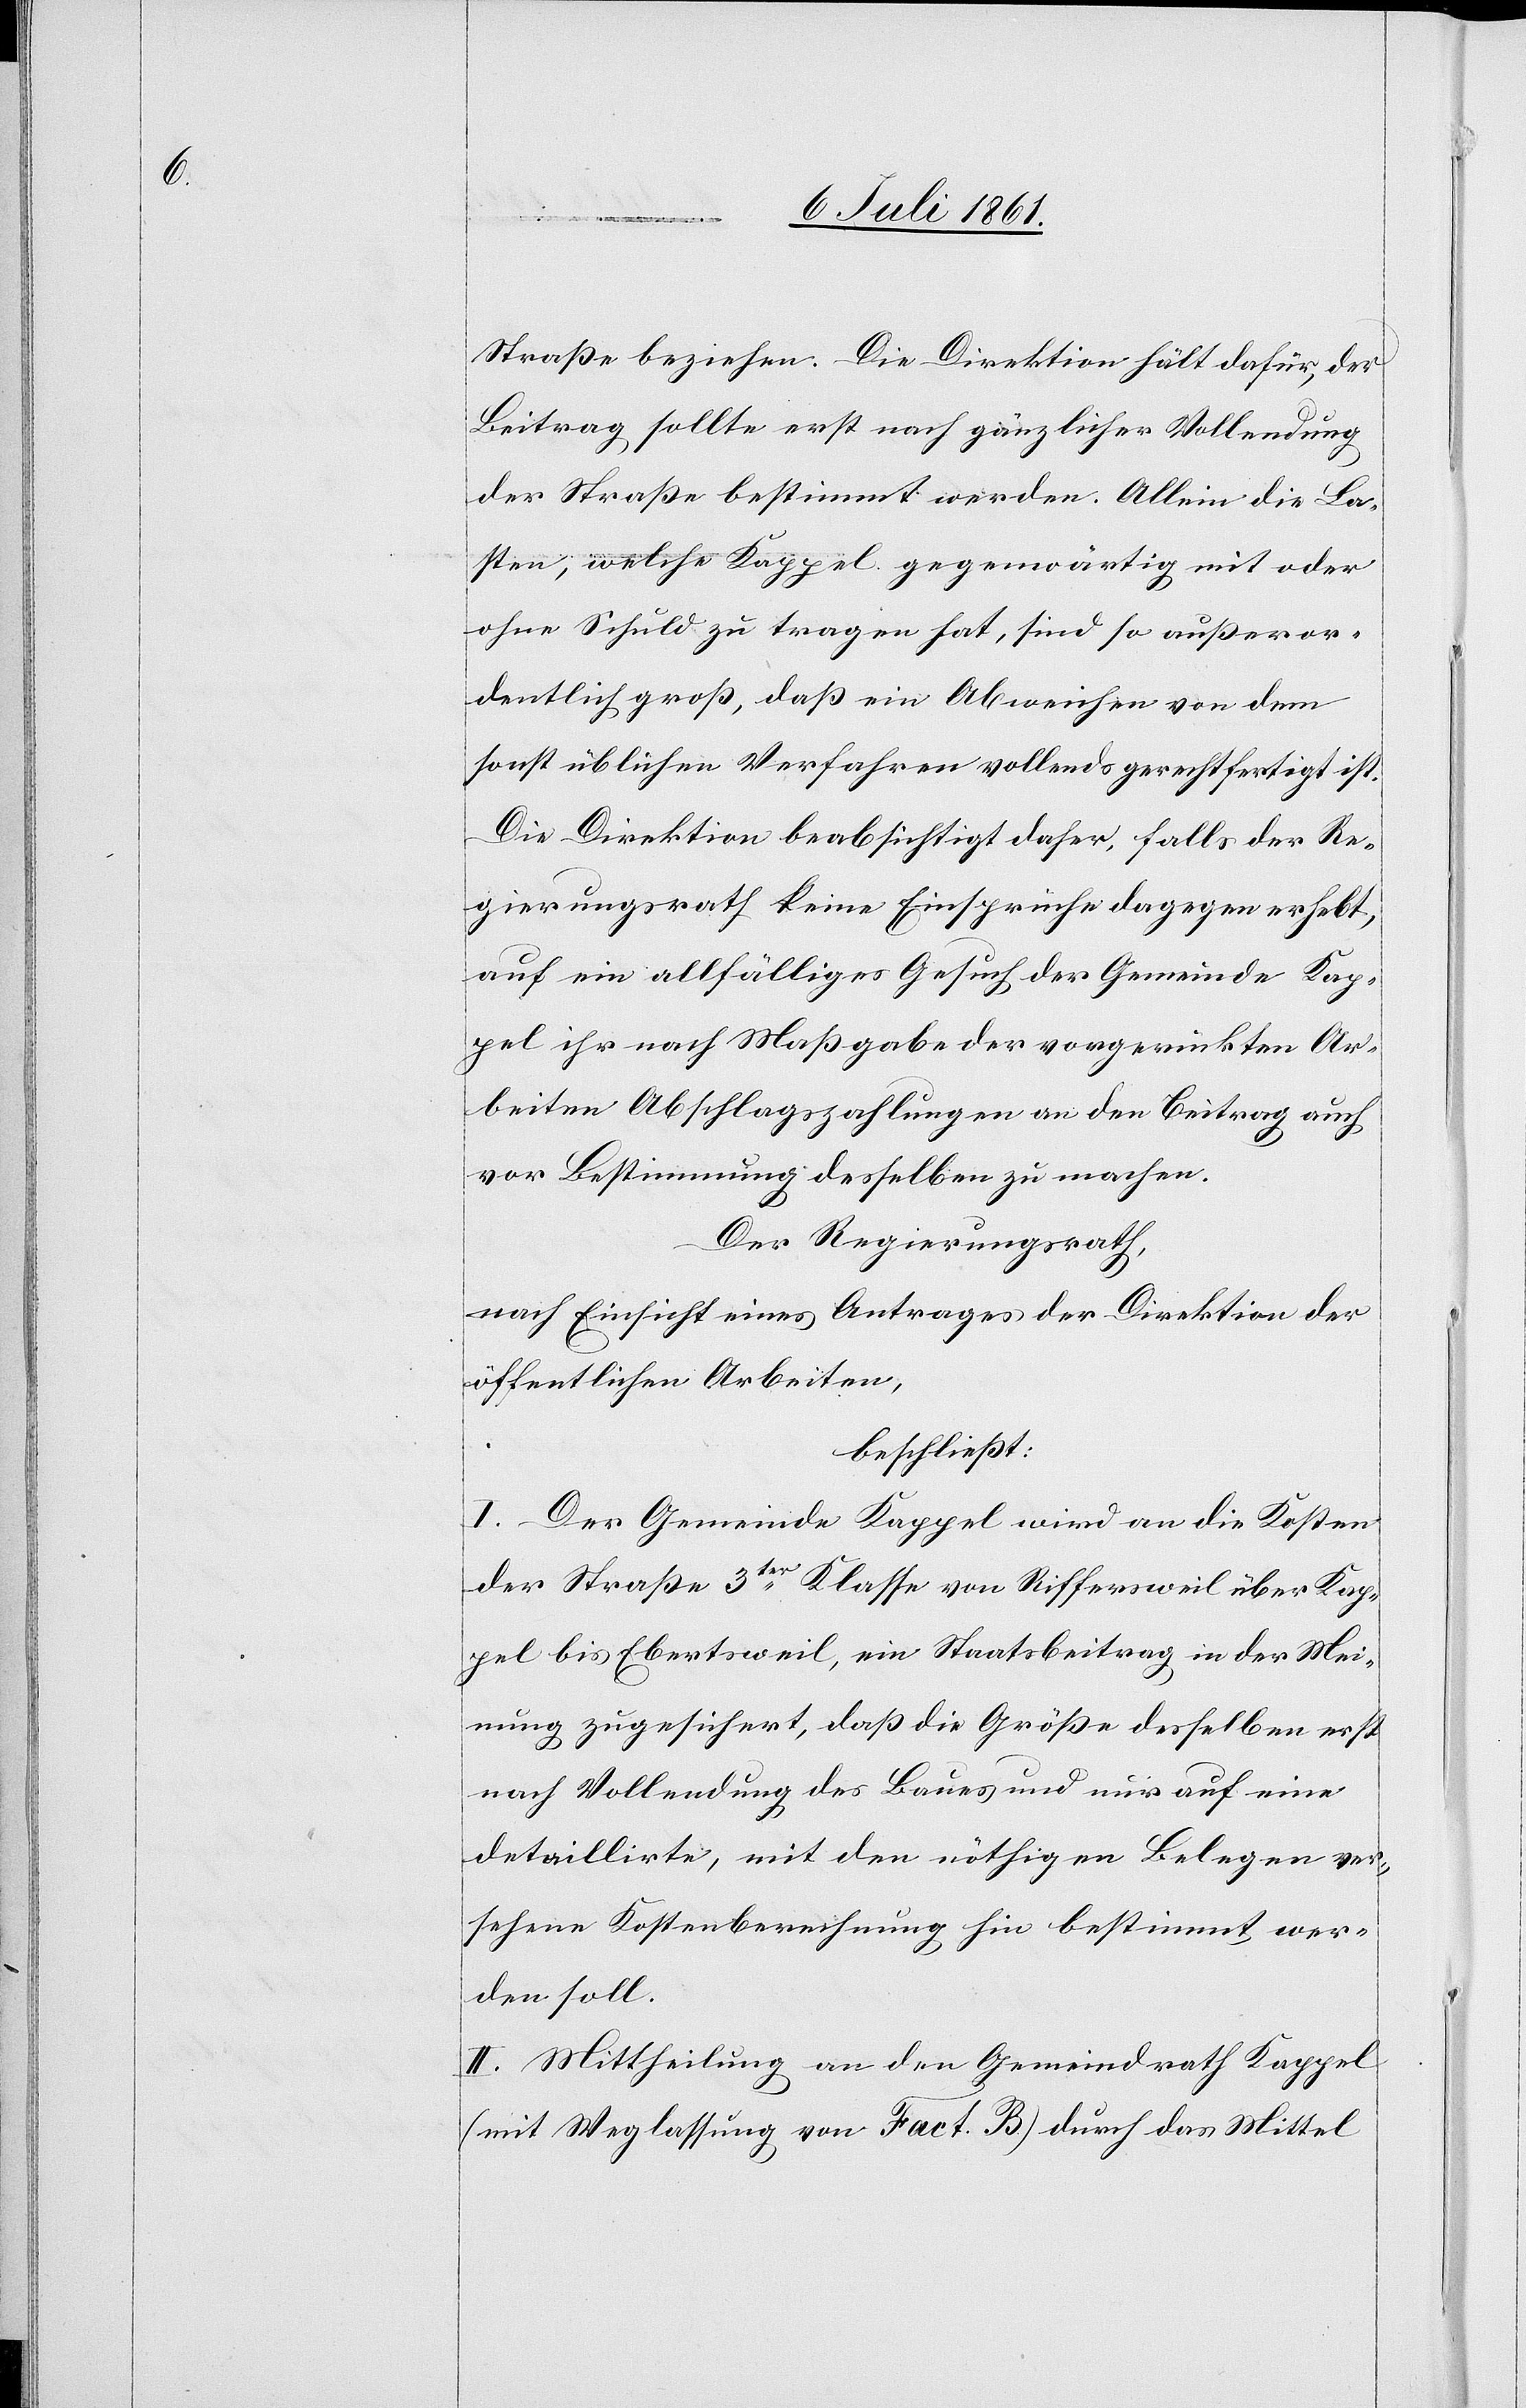
Straße beziehen. Die Direktion hält dafür, der
Beitrag sollte erst nach gänzlicher Vollendung
der Straße bestimmt werden. Allein die La¬
sten, welche Kappel gegenwärtig mit oder
ohne Schuld zu tragen hat, sind so außeror¬
dentlich groß, daß ein Abweichen von dem
sonst üblichen Verfahren vollends gerechtfertigt ist.
Die Direktion beabsichtigt daher, falls der Re¬
gierungsrath keine Einsprüche dagegen erhebt,
auf ein allfälliges Gesuch der Gemeinde Kap¬
pel ihr nach Maßgabe der vorgerückten Ar¬
beiten Abschlagszahlungen an den Beitrag auch
vor Bestimmung desselben zu machen.
Der Regierungsrath,
nach Einsicht eines Antrages der Direktion der
öffentlichen Arbeiten,
beschließt:
I. Der Gemeinde Kappel wird an die Kosten
der Straße 3ter Klasse von Riffersweil über Kap¬
pel bis Ebertsweil, ein Staatsbeitrag in der Mei¬
nung zugesichert, daß die Größe desselben erst
nach Vollendung des Baues und nur auf eine
detaillirte, mit den nöthigen Belegen ver¬
sehene Kostenberechnung hin bestimmt wer¬
den soll.
II. Mittheilung an den Gemeindrath Kappel
(mit Weglassung von Fact. B) durch das Mittel